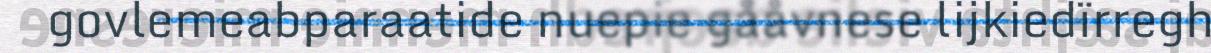
govlemeabparaatide nuepie gååvnese lijkiedïrregh